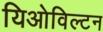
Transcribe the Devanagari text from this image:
यिओविल्टन